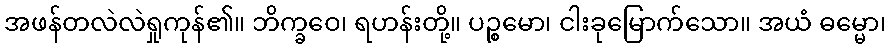
အဖန်တလဲလဲရှုကုန်၏။ ဘိက္ခဝေ၊ ရဟန်းတို့။ ပဉ္စမော၊ ငါးခုမြောက်သော။ အယံ ဓမ္မော၊